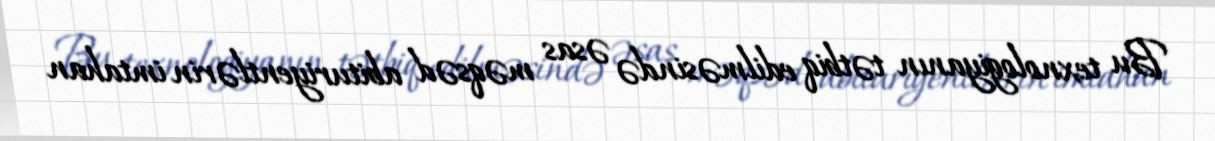
Bu texnologiyanın tətbiq edilməsində əsas məqsəd abituriyentlərin imtahan